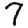
Digit: 7